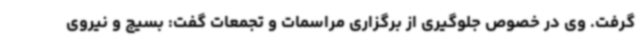
گرفت. وی در خصوص جلوگیری از برگزاری مراسمات و تجمعات گفت: بسیج و نیروی